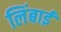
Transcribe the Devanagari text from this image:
लिंबाई